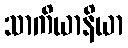
သာကိယာနိယာ